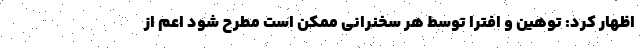
اظهار کرد: توهین و افترا توسط هر سخنرانی ممکن است مطرح شود اعم از